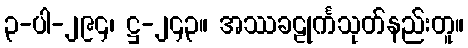
၃-ပါ-၂၉၄၊ ဋ္ဌ-၂၄၃။ အဿခဠုင်္ကသုတ်နည်းတူ။